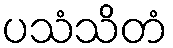
ပသံသိတံ